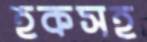
হকসহ